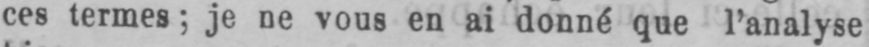
ces termes; je ne vous en ai donné que l’analyse